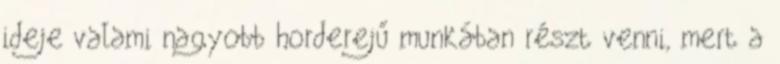
ideje valami nagyobb horderejű munkában részt venni, mert a